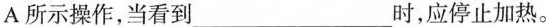
A所示操作，当看到___时，应停止加热。